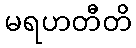
မရဟတီတိ